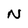
Character: N